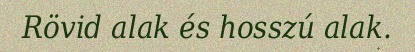
Rövid alak és hosszú alak.